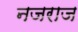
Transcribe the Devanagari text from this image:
नजराज